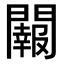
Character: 𨷂